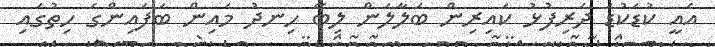
އެއީ ކުޑަކުޑަ ދަރިފުޅު ކައިރިން ބަލާލަން ލިބޭ ހިނދު މައިން ބަފައިންގެ ހިތުގައި